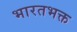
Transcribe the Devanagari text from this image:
भारतभक्त